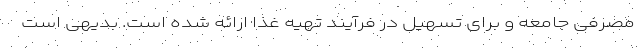
مصرفی جامعه و برای تسهیل در فرآیند تهیه غذا ارائه شده است. بدیهی است